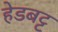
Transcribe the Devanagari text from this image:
हेडबट्ट